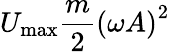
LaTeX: U_{\mathrm{max}}{\frac{m}{2}}\left(\omega A\right)^{2}